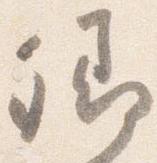
卿